Lunatic asylums Bombay report 1891-1903 - 1891-1903
Year: 1891
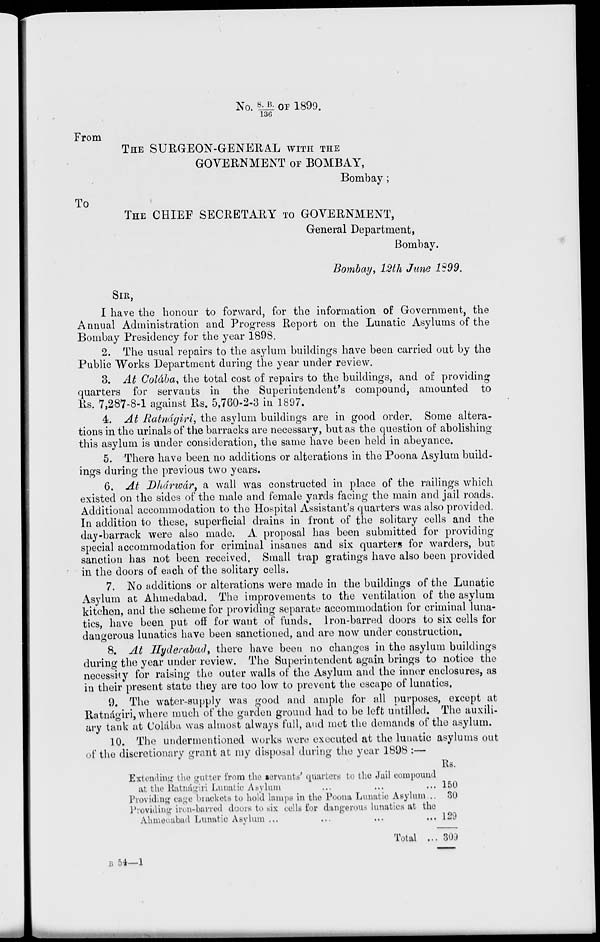
No.S.B/136 OF 1899.
From
THE SURGEON-GENERAL WITH THE
GOVERNMENT OF BOMBAY,
Bombay;
To
THE CHIEF SECRETARY TO GOVERNMENT,
General Department,
Bombay.
Bombay, 12th June 1899.
SIR,
I have the honour to forward, for the information of Government, the
Annual Administration and Progress Report on the Lunatic Asylums of the
Bombay Presidency for the year 1898.
2. The usual repairs to the asylum buildings have been carried out by the
Public Works Department during the year under review.
3. At Colába, the total cost of repairs to the buildings, and of providing
quarters for servants in the Superintendent's compound, amounted to
Rs. 7,287-8-1 against Rs. 5,760-2-3 in 1897.
4. At Ratnágiri, the asylum buildings are in good order. Some altera-
tions in the urinals of the barracks are necessary, but as the question of abolishing
this asylum is under consideration, the same have been held in abeyance.
5. There have been no additions or alterations in the Poona Asylum build-
ings during the previous two years.
6. At Dhárwár, a wall was constructed in place of the railings which
existed on the sides of the male and female yards facing the main and jail roads.
Additional accommodation to the Hospital Assistant's quarters was also provided.
In addition to these, superficial drains in front of the solitary cells and the
day-barrack were also made. A. proposal has been submitted for providing
special accommodation for criminal insanes and six quarters for warders, but
sanction has not been received. Small trap gratings have also been provided
in the doors of each of the solitary cells.
7. No additions or alterations were made in the buildings of the Lunatic
Asylum at Ahmedabad. The improvements to the ventilation of the asylum
kitchen, and the scheme for providing separate accommodation for criminal luna-
tics, have been put off for want of funds. Iron-barred doors to six cells for
dangerous lunatics have been sanctioned, and are now under construction.
8. At Hyderabad, there have been no changes in the asylum buildings
during the year under review. The Superintendent again brings to notice the
necessity for raising the outer walls of the Asylum and the inner enclosures, as
in their present state they are too low to prevent the escape of lunatics.
9. The water-supply was good and ample for all purposes, except at
Ratnágiri, where much of the garden ground had to be left untitled. The auxili-
ary tank at Colába was almost always full, and met the demands of the asylum.
10. The undermentioned works were executed at the lunatic asylums out
of the discretionary grant at my disposal during the year 1898 :—
Extending the gutter from the servants' quarters to the Jail compound
at the Ratnágiri Lunatic Asylum ... ... ...
Providing cage brackets to hold lamps in the Poona Lunatic Asylum...
Providing iron-barred doors to six cells for dangerous lunatics at the
Ahmedabad Lunatic Asylum ... ... ... ...
Total ...
Rs.
150
30
129
309
B 54—1